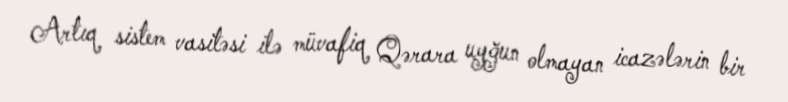
Artıq sistem vasitəsi ilə müvafiq Qərara uyğun olmayan icazələrin bir